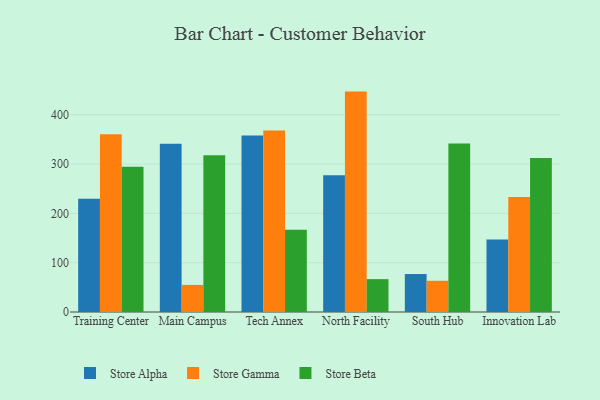
{"axis": {"x": "Campus", "y": "Net Income (USD K)"}, "legend": ["Store Alpha", "Store Beta", "Store Gamma"], "data": [{"x": "Training Center", "y": 229.5, "type": "Store Alpha"}, {"x": "Training Center", "y": 360.3, "type": "Store Gamma"}, {"x": "Training Center", "y": 294.3, "type": "Store Beta"}, {"x": "Main Campus", "y": 341.2, "type": "Store Alpha"}, {"x": "Main Campus", "y": 54.9, "type": "Store Gamma"}, {"x": "Main Campus", "y": 317.8, "type": "Store Beta"}, {"x": "Tech Annex", "y": 358.1, "type": "Store Alpha"}, {"x": "Tech Annex", "y": 367.8, "type": "Store Gamma"}, {"x": "Tech Annex", "y": 166.8, "type": "Store Beta"}, {"x": "North Facility", "y": 277.1, "type": "Store Alpha"}, {"x": "North Facility", "y": 446.9, "type": "Store Gamma"}, {"x": "North Facility", "y": 66.6, "type": "Store Beta"}, {"x": "South Hub", "y": 77.0, "type": "Store Alpha"}, {"x": "South Hub", "y": 63.3, "type": "Store Gamma"}, {"x": "South Hub", "y": 341.8, "type": "Store Beta"}, {"x": "Innovation Lab", "y": 147.0, "type": "Store Alpha"}, {"x": "Innovation Lab", "y": 233.1, "type": "Store Gamma"}, {"x": "Innovation Lab", "y": 312.2, "type": "Store Beta"}]}